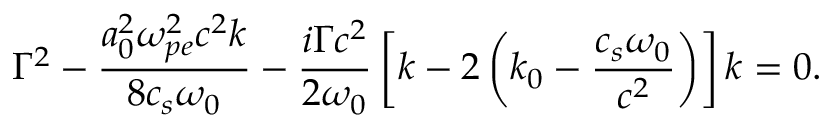
\Gamma ^ { 2 } - \frac { a _ { 0 } ^ { 2 } \omega _ { p e } ^ { 2 } c ^ { 2 } k } { 8 c _ { s } \omega _ { 0 } } - \frac { i \Gamma c ^ { 2 } } { 2 \omega _ { 0 } } \left[ k - 2 \left( k _ { 0 } - \frac { c _ { s } \omega _ { 0 } } { c ^ { 2 } } \right) \right] k = 0 .